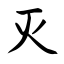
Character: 灭